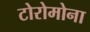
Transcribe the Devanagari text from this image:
टोरोमोना